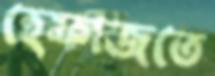
হেফাজতে